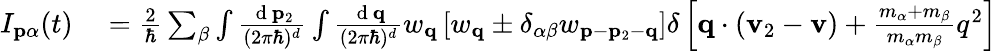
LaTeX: \begin{array}{rl}{I_{\mathbf{p}\alpha}(t)}&{{}=\frac{2}{\hbar}\sum_{\beta}\int\frac{\mathrm{~d~}\mathbf{p}_{2}}{(2\pi\hbar)^{d}}\int\frac{\mathrm{~d~}\mathbf{q}}{(2\pi\hbar)^{d}}w_{\mathbf{q}}\left[w_{\mathbf{q}}\pm\delta_{\alpha\beta}w_{\mathbf{p}-\mathbf{p}_{2}-\mathbf{q}}\right]\delta\left[\mathbf{q}\cdot\left(\mathbf{v}_{2}-\mathbf{v}\right)+\frac{m_{\alpha}+m_{\beta}}{m_{\alpha}m_{\beta}}q^{2}\right]}\end{array}